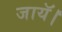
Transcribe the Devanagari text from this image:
जायॅ।